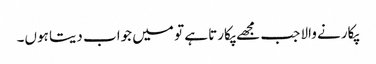
پکارنے والا جب مجھے پکارتا ہے تو میں جواب دیتا ہوں۔